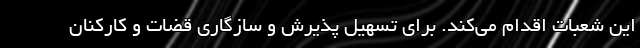
این شعبات اقدام می‌کند. برای تسهیل پذیرش و سازگاری قضات و کارکنان